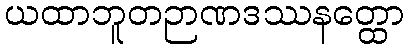
ယထာဘူတဉာဏဒဿနတ္ထော